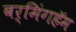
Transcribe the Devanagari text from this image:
बर्मिंगहॅम